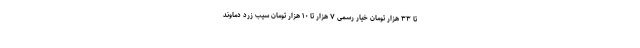
تا ۳۳ هزار تومان خیار رسمی ۷ هزار تا ۱۰ هزار تومان سیب زرد دماوند